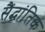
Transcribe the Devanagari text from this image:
सैंद्धांतिक